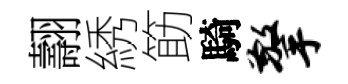
翿綉筯騎擎